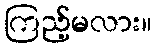
ကြည့်မလား။